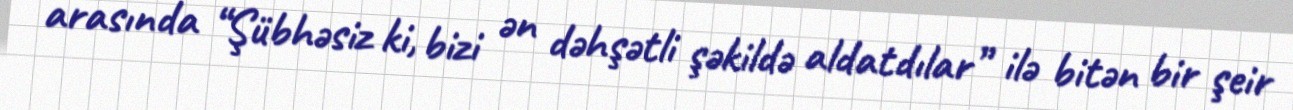
arasında “Şübhəsiz ki, bizi ən dəhşətli şəkildə aldatdılar” ilə bitən bir şeir